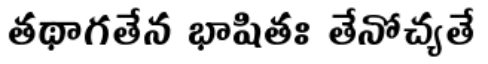
తథాగతేన భాషితః తేనోచ్యతే